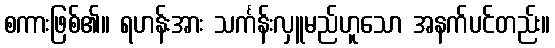
စကားဖြစ်၏။ ရဟန်းအား သင်္ကန်းလှူမည်ဟူသော အနက်ပင်တည်း။